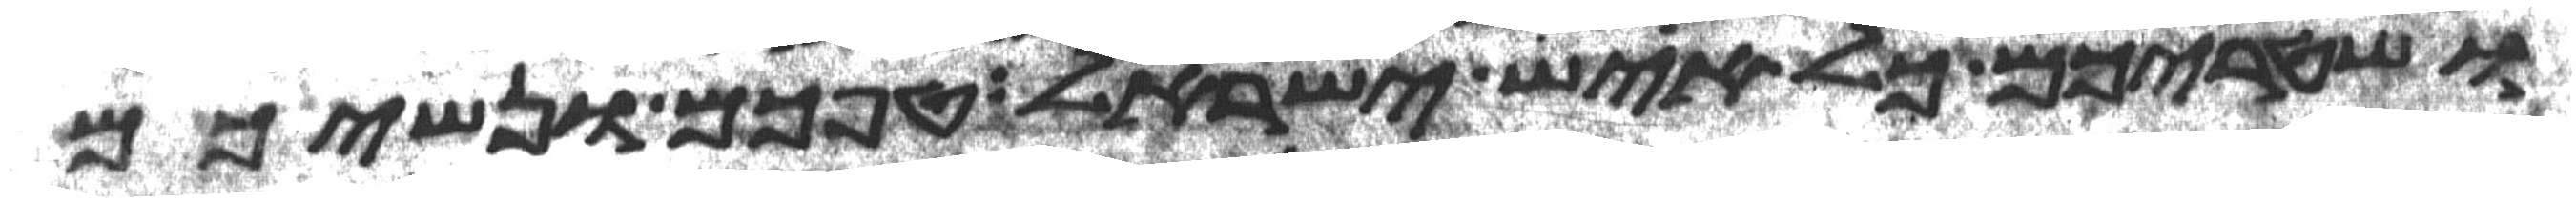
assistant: ושטריכם כל איש ישראל טפכם ונשיכם